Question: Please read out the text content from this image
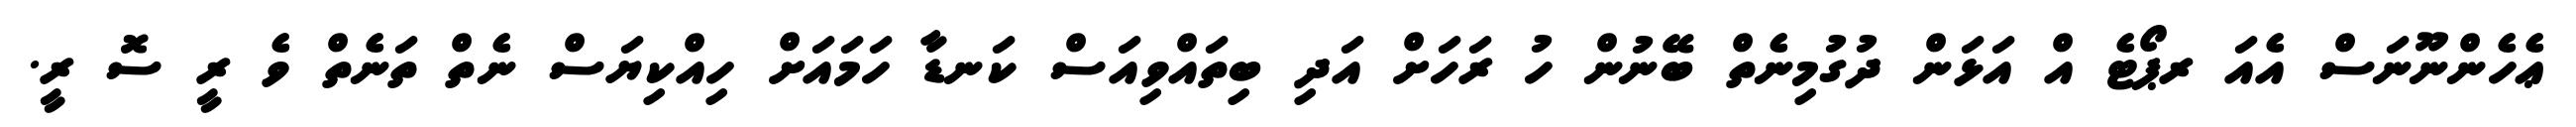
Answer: ޢެހެންނޫނަސް އެއަ ރޕޯޓެ އް އަޅަން ދުގުމިނެތް ބޭނުން ހު ރަހަށް އަދި ބިތައްވިއަސް ކަނޑާ ހަމައަށް ހިއްކިޔަސް ނެތް ތަނެތް ވެ ރީ ސޮ ރީ.